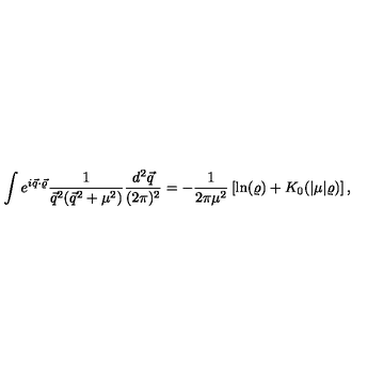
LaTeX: \int e ^ { i \vec { q } \cdot \vec { \varrho } } \frac { 1 } { \vec { q } ^ { 2 } ( \vec { q } ^ { 2 } + \mu ^ { 2 } ) } \frac { d ^ { 2 } \vec { q } } { ( 2 \pi ) ^ { 2 } } = - \frac { 1 } { 2 \pi \mu ^ { 2 } } \left[ \ln ( \varrho ) + K _ { 0 } ( | \mu | \varrho ) \right] ,